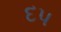
દપ